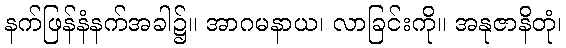
နက်ဖြန်နံနက်အခါ၌။ အာဂမနာယ၊ လာခြင်းကို။ အနုဇာနိတုံ၊